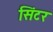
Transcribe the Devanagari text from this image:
सिंटर